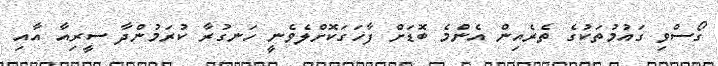
ގޯސްވި ގައުމުތަކުގެ ތެރެއިން އެންމެ ބޮޑަށް ފާހަގަކޮށްލެވެނީ ހަނގުރާ ކުރަމުންދާ ސީރިއާ އާއި